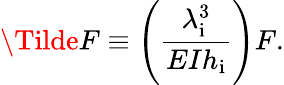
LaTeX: \Tilde{F}\equiv\left(\frac{\lambda_{\mathrm{i}}^{3}}{EIh_{\mathrm{i}}}\right)F.